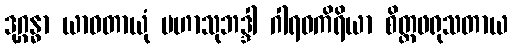
ဒုဂ္ဂန္ဓာ ယာဝတာယုံ မဟာသုဘဒ္ဒါ ဂါရဝကိရိယာ စိတ္တဖရုသတာယ